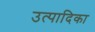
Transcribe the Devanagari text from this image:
उत्पादिका